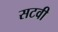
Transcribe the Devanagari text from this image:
सटवी